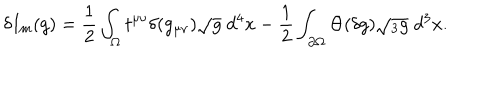
\delta I _ { m } ( g ) = { \frac { 1 } { 2 } } \int _ { \Omega } t ^ { \mu \nu } \delta ( g _ { \mu \nu } ) \sqrt { g } \; d ^ { 4 } x - { \frac { 1 } { 2 } } \int _ { \partial \Omega } \Theta ( \delta g ) \sqrt { { } _ { 3 } g } \; d ^ { 3 } x .